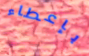
بإعطاء